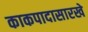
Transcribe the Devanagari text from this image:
काकपादासारखे